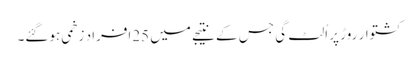
کشتوار روڑ پر اُلٹ گی جس کے نتیجے میں 25افراد زخمی ہوگئے۔